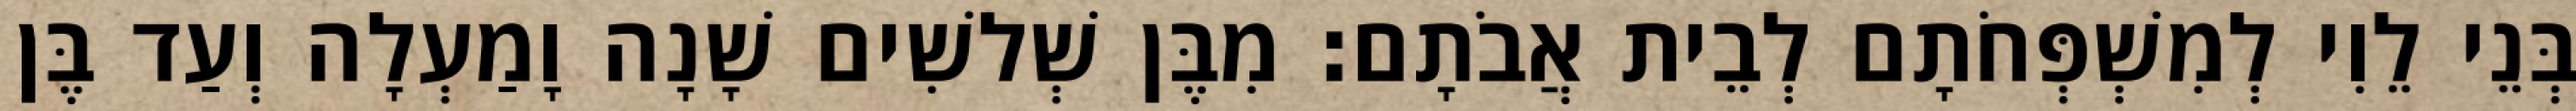
בְּנֵי לֵוִי לְמִשְׁפְּחֹתָם לְבֵית אֲבֹתָם׃ מִבֶּן שְׁלשִׁים שָׁנָה וָמַעְלָה וְעַד בֶּן